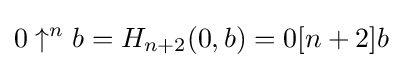
0\uparrow ^{n}b=H_{n+2}(0,b)=0[n+2]b